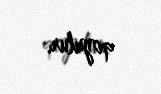
qoyulur.